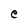
Character: e